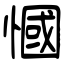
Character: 慖